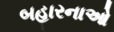
બહારનાઓ